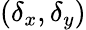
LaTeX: (\delta_{x},\delta_{y})